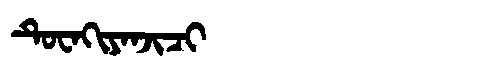
Manchu: ᡨᡠᠸᠠᡴᡳᠶᠠᠨᠵᡳᠴᡳ
Romanization: TUWAKIYANJICI